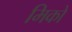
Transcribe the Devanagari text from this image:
मिको